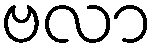
ဗလာ